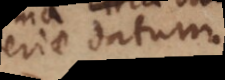
iae datum,